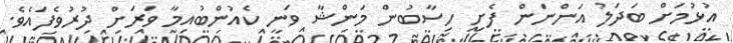
އުޅުމަށް ބަދަލު އަންނަން ފެށި ހިސާބުން މަންޝާ ވަނީ ކެއުންބުއިމާ ވަރަށް ދުރުވެފައެވެ.